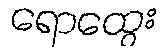
ရောထွေး